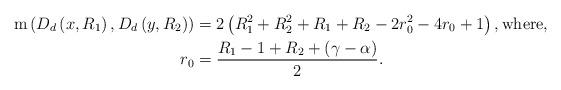
LaTeX: \begin{align*}\mbox{m}\left(D_d\left(x,R_1\right),D_d\left(y,R_2\right)\right) &= 2\left(R_1^2 + R_2^2 + R_1 + R_2 - 2r_0^2 - 4r_0 + 1\right), \mbox{where},\\r_0 &= \frac{R_1 - 1 + R_2 + (\gamma - \alpha)}{2}.\end{align*}